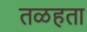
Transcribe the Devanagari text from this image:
तळहता